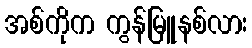
အစ်ကိုက ကွန်မြူနစ်လား